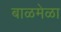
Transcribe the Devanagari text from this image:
बाळमेळा